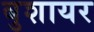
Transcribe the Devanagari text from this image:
बुशायर